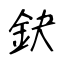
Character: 鈌